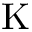
\mathrm { K }